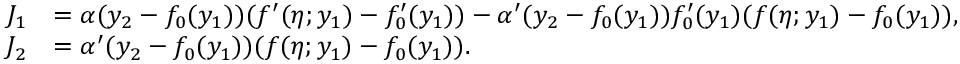
\begin{array} { r l } { J _ { 1 } } & { = \alpha ( y _ { 2 } - f _ { 0 } ( y _ { 1 } ) ) ( f ^ { \prime } ( \eta ; y _ { 1 } ) - f _ { 0 } ^ { \prime } ( y _ { 1 } ) ) - \alpha ^ { \prime } ( y _ { 2 } - f _ { 0 } ( y _ { 1 } ) ) f _ { 0 } ^ { \prime } ( y _ { 1 } ) ( f ( \eta ; y _ { 1 } ) - f _ { 0 } ( y _ { 1 } ) ) , } \\ { J _ { 2 } } & { = \alpha ^ { \prime } ( y _ { 2 } - f _ { 0 } ( y _ { 1 } ) ) ( f ( \eta ; y _ { 1 } ) - f _ { 0 } ( y _ { 1 } ) ) . } \end{array}